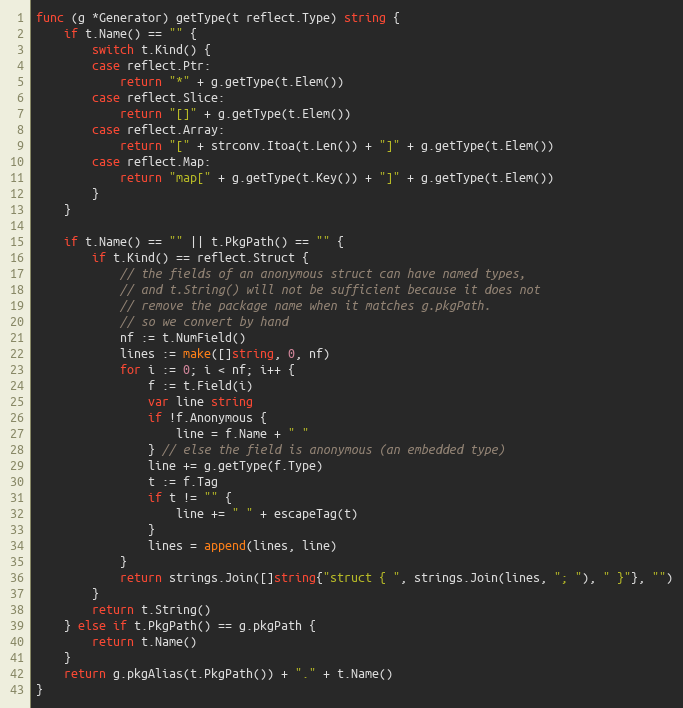
Language: Go
func (g *Generator) getType(t reflect.Type) string {
	if t.Name() == "" {
		switch t.Kind() {
		case reflect.Ptr:
			return "*" + g.getType(t.Elem())
		case reflect.Slice:
			return "[]" + g.getType(t.Elem())
		case reflect.Array:
			return "[" + strconv.Itoa(t.Len()) + "]" + g.getType(t.Elem())
		case reflect.Map:
			return "map[" + g.getType(t.Key()) + "]" + g.getType(t.Elem())
		}
	}

	if t.Name() == "" || t.PkgPath() == "" {
		if t.Kind() == reflect.Struct {
			// the fields of an anonymous struct can have named types,
			// and t.String() will not be sufficient because it does not
			// remove the package name when it matches g.pkgPath.
			// so we convert by hand
			nf := t.NumField()
			lines := make([]string, 0, nf)
			for i := 0; i < nf; i++ {
				f := t.Field(i)
				var line string
				if !f.Anonymous {
					line = f.Name + " "
				} // else the field is anonymous (an embedded type)
				line += g.getType(f.Type)
				t := f.Tag
				if t != "" {
					line += " " + escapeTag(t)
				}
				lines = append(lines, line)
			}
			return strings.Join([]string{"struct { ", strings.Join(lines, "; "), " }"}, "")
		}
		return t.String()
	} else if t.PkgPath() == g.pkgPath {
		return t.Name()
	}
	return g.pkgAlias(t.PkgPath()) + "." + t.Name()
}